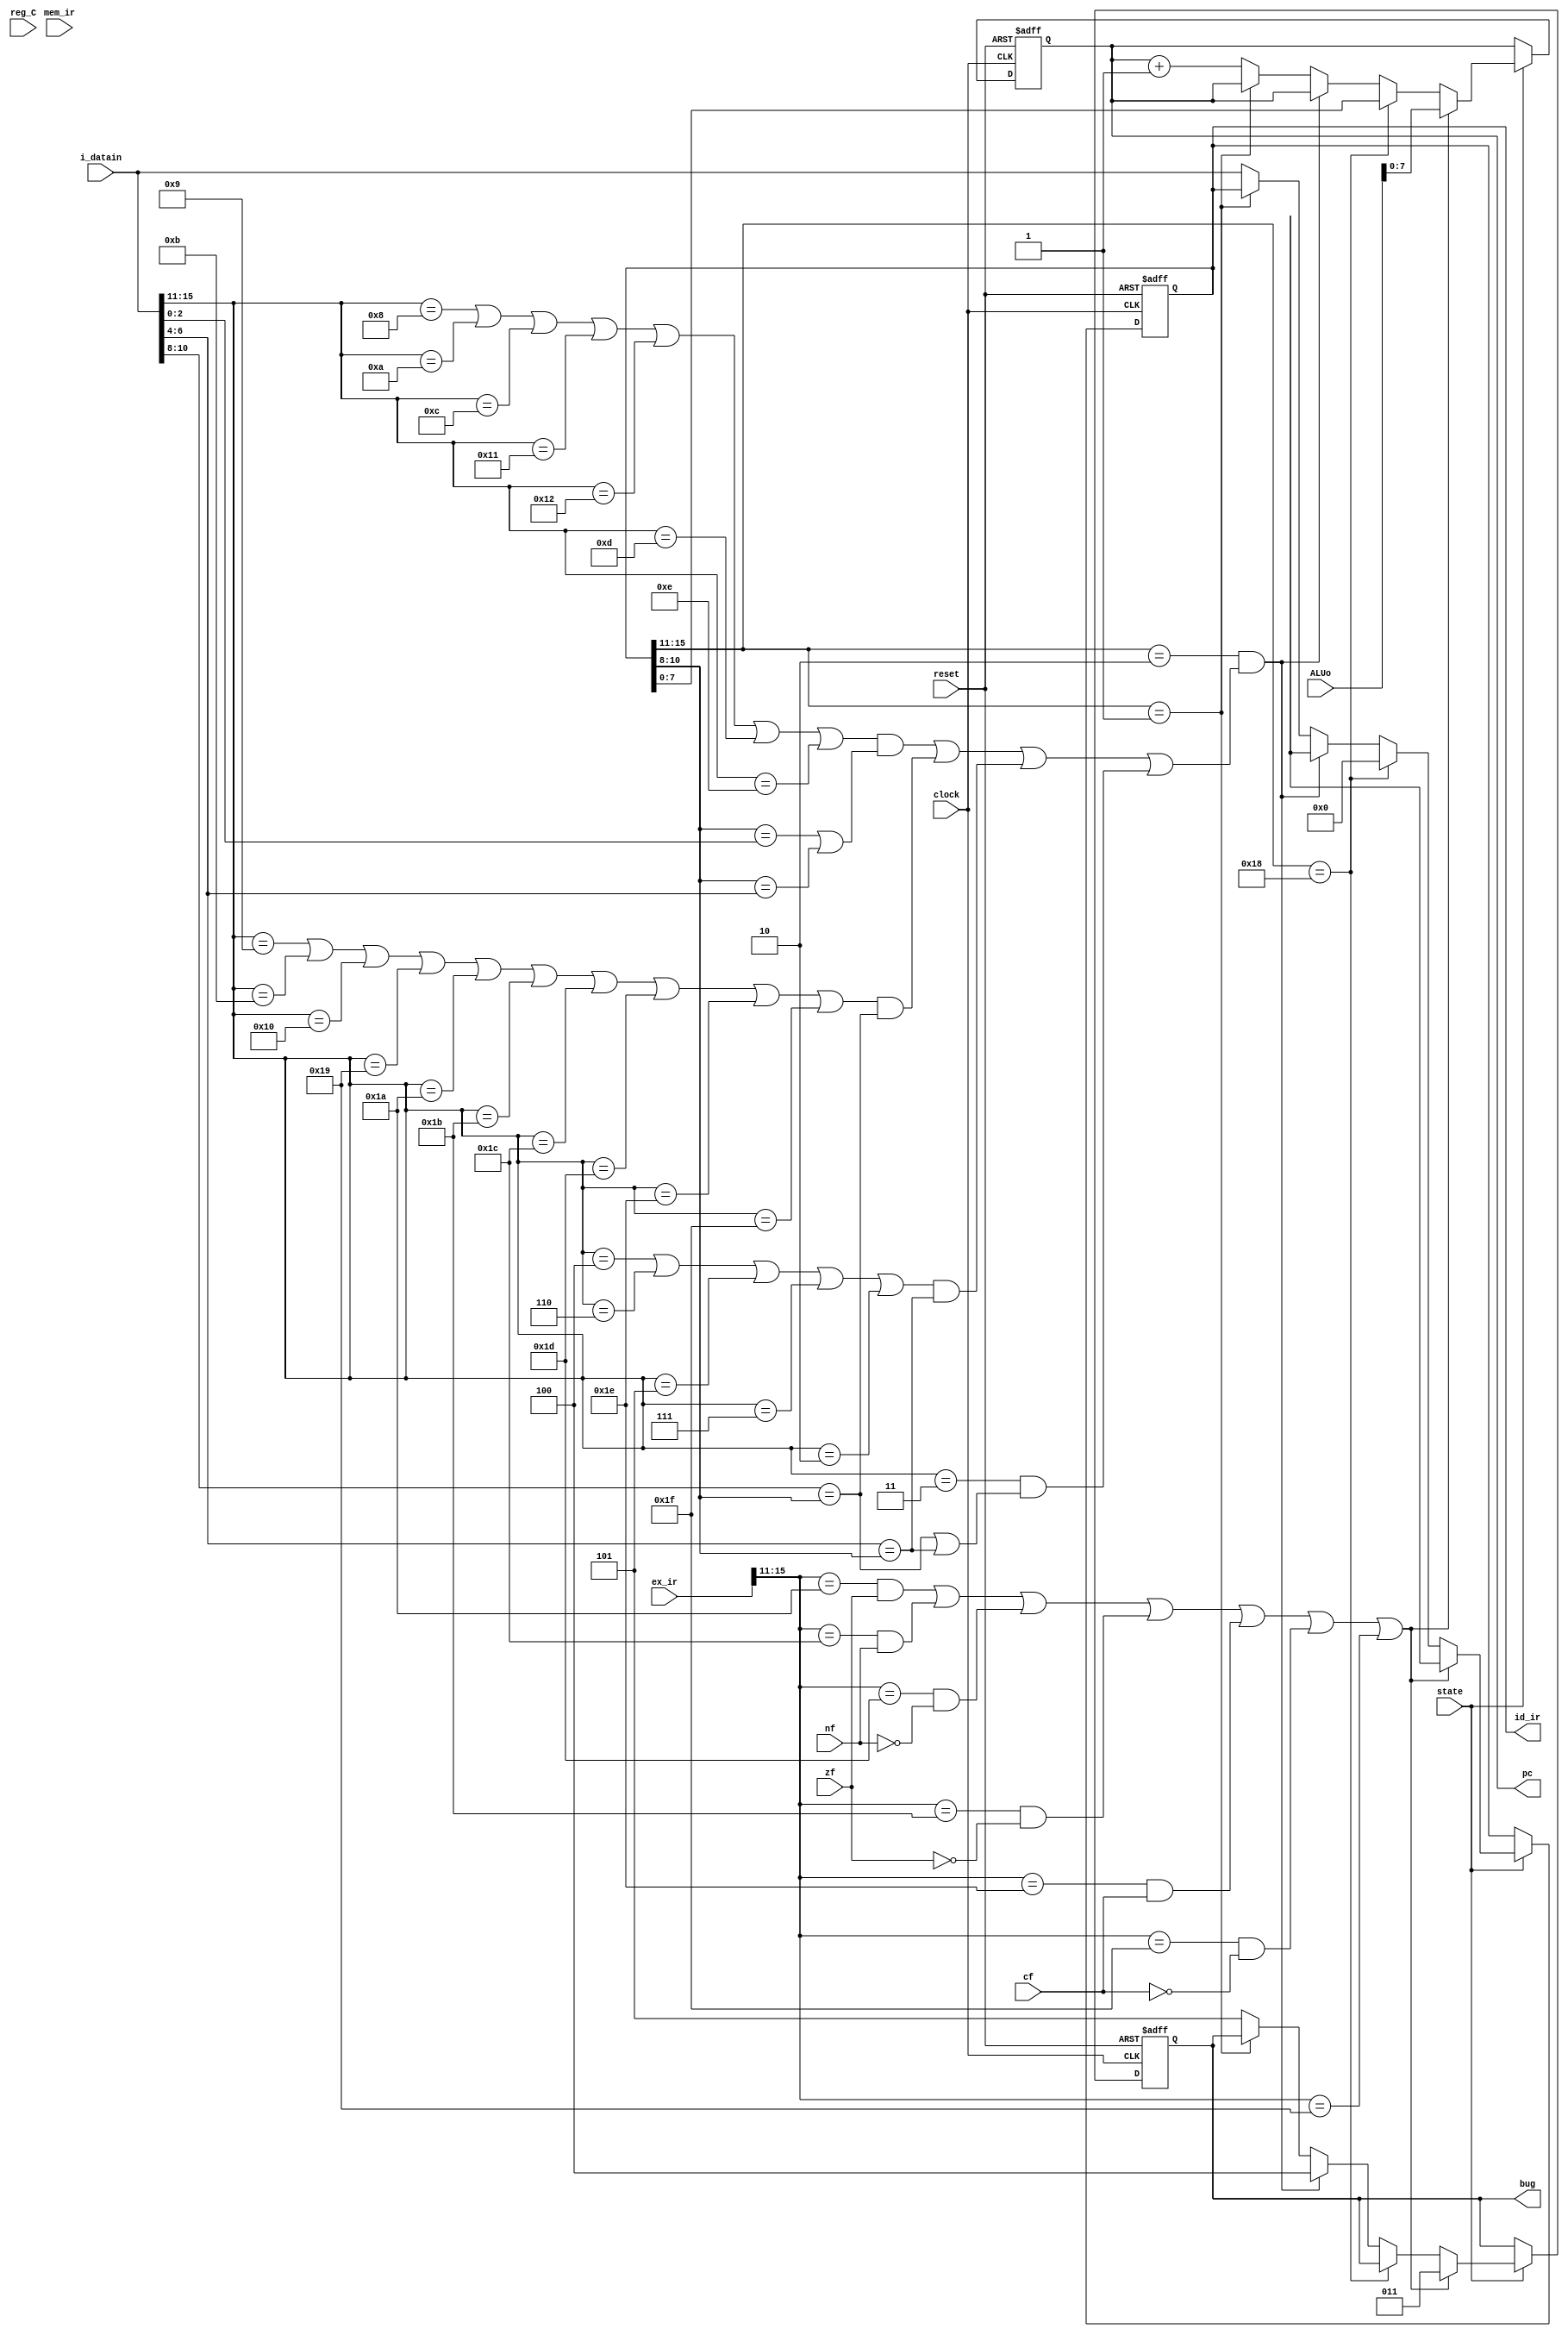
`timescale 1ns / 1ps
//////////////////////////////////////////////////////////////////////////////////
// Company: 
// Engineer: 
// 
// Design Name: 
// Module Name:    IF 
// Project Name: 
// Target Devices: 
// Tool versions: 
// Description: 
//
// Dependencies: 
//
// Revision: 
// Revision 0.01 - File Created
// Additional Comments: 
//
//////////////////////////////////////////////////////////////////////////////////
`define idle	1'b0
`define exec	1'b1
// instruction 
`define NOP	5'b00000
`define HALT	5'b00001
`define LOAD	5'b00010
`define STORE	5'b00011
`define SLL	5'b00100
`define SLA	5'b00101
`define SRL	5'b00110
`define SRA	5'b00111
`define ADD	5'b01000
`define ADDI	5'b01001
`define SUB	5'b01010
`define SUBI	5'b01011
`define CMP	5'b01100
`define AND	5'b01101
`define OR	5'b01110
`define XOR	5'b01111
`define LDIH	5'b10000
`define ADDC	5'b10001
`define SUBC	5'b10010
`define JUMP	5'b11000
`define JMPR	5'b11001
`define BZ	5'b11010
`define BNZ	5'b11011
`define BN	5'b11100
`define BNN	5'b11101
`define BC	5'b11110
`define BNC	5'b11111
//register 
`define gr0	3'b000
`define gr1	3'b001
`define gr2	3'b010
`define gr3	3'b011
`define gr4	3'b100
`define gr5	3'b101
`define gr6	3'b110
`define gr7	3'b111

module IF(
input wire state,cf,nf,zf,
input wire clock,reset,
input wire[15:0]i_datain,reg_C,ALUo,
output reg[7:0]pc,
input wire[15:0]mem_ir,ex_ir,
output reg[15:0]id_ir,
output reg[2:0]bug
    );
	 

//reg [2:0]bug;

always @(posedge clock or posedge reset)//pc
begin
	if (reset)
		begin
				id_ir <= 16'b0000_0000_0000_0000;
				bug <= 3'b0;
				pc <= 8'b0000_0000;
		end
	else if(state ==`exec)
	begin
		//id_ir <= i_datain;
		 if(((ex_ir[15:11] == `BZ)&& (zf == 1'b1)) 
			|| ((ex_ir[15:11] == `BN)&& (nf == 1'b1))
			|| ((ex_ir[15:11] == `BNN)&& (nf == 1'b0))
					||((ex_ir[15:11] == `BNZ)&& (zf == 1'b0))
					||((ex_ir[15:11] == `BC)&& (cf == 1'b1))
					||((ex_ir[15:11] == `BNC)&& (cf == 1'b0))
					||ex_ir[15:11] ==`JMPR)
		begin
		pc <= ALUo[7:0];
		bug <= 3'b011;
		id_ir <= 16'bx;
		end
		else if(id_ir[15:11] == `JUMP)
		begin
		pc <= id_ir[7:0];
		id_ir <= 16'b0;
		end
		else if(id_ir[15:11] == `LOAD&&
		(((i_datain[15:11] == `ADD||i_datain[15:11] == `SUB||i_datain[15:11] == `CMP||i_datain[15:11] == `ADDC||i_datain[15:11] == `SUBC||i_datain[15:11] == `AND||i_datain[15:11] == `OR)&&(id_ir[10:8] == i_datain[2:0]||id_ir[10:8] == i_datain[6:4]))
		||((i_datain[15:11] == `ADDI||i_datain[15:11] == `SUBI||i_datain[15:11] == `LDIH||i_datain[15:11] == `JMPR||i_datain[15:11] ==`BZ||i_datain[15:11] ==`BNZ||i_datain[15:11] ==`BN||i_datain[15:11] ==`BNN||i_datain[15:11] ==`BC||i_datain[15:11] ==`BNC)&&i_datain[10:8] == id_ir[10:8])
		||((i_datain[15:11] == `SLL||i_datain[15:11] == `SRL||i_datain[15:11] == `SLA||i_datain[15:11] == `SRA||i_datain[15:11] == `LOAD)&&(i_datain[6:4] == id_ir[10:8]))
		||((i_datain[15:11] == `STORE)&&(i_datain[10:8] == id_ir[10:8]||i_datain[6:4] == id_ir[10:8]))))
		begin
		id_ir <= 16'bx;
		bug <= 3'b100;
		pc <= pc;
		end
		else if(id_ir[15:11] == `HALT)
		begin
		pc <= pc;
		id_ir <= id_ir;
		end
		else
				begin
					pc <= pc + 1;
					bug <= 3'b101;
					id_ir <= i_datain;
			   end
	end
end

endmodule